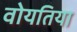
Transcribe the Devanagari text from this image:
वोयतिया